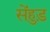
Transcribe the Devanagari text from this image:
सेंहुड़